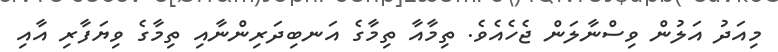
މިއަދު އަލުން ވިސްނާލަން ޖެހެއެވެ. ތިމާއާ ތިމާގެ އަނބިދަރިންނާއި ތިމާގެ ވިޔަފާރި އާއި